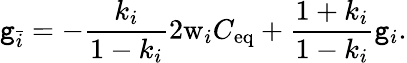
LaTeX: \mathtt{g}_{\bar{{i}}}=-\frac{{k_{i}}}{{1-k_{i}}}2\mathrm{{w}}_{i}C_{\mathrm{{eq}}}+\frac{{1+k_{i}}}{{1-k_{i}}}\mathtt{g}_{i}.